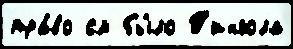
пра́во см бы́ло Т'ингола